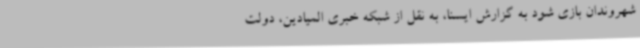
شهروندان بازی شود به گزارش ایسنا، به نقل از شبکه خبری المیادین، دولت